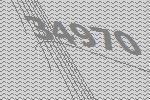
34970